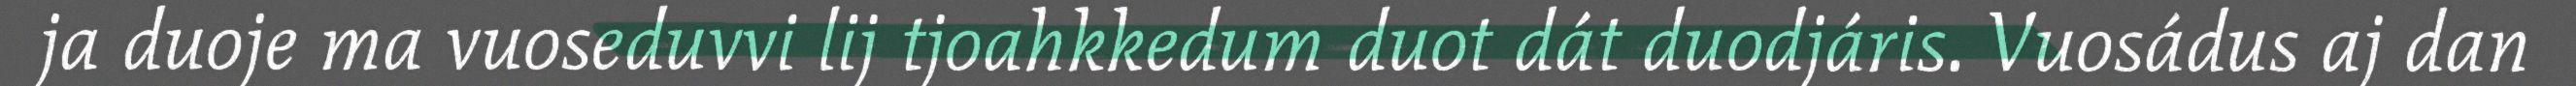
ja duoje ma vuoseduvvi lij tjoahkkedum duot dát duodjáris. Vuosádus aj dan